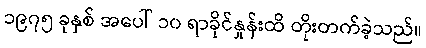
၁၉၇၅ ခုနှစ် အပေါ် ၁၀ ရာခိုင်နှုန်းထိ တိုးတက်ခဲ့သည်။